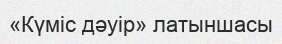
«Күміс дәуір» латыншасы